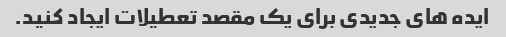
ایده های جدیدی برای یک مقصد تعطیلات ایجاد کنید.